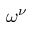
\omega ^ { \nu }